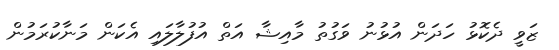
ޒަވީ ދެކޮޅު ހަދަން އުޅުނު ވަގުތު މާއިޝާ އަތް އުފުލާލައި އެކަން މަނާކުރަމުން